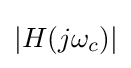
|H(j\omega _{c})|